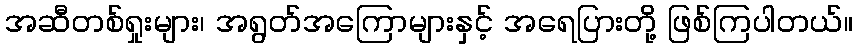
အဆီတစ်ရှုးများ၊ အရွတ်အကြောများနှင့် အရေပြားတို့ ဖြစ်ကြပါတယ်။